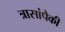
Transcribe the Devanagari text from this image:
त्रासांपैकी